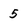
Character: 5